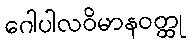
ဂေါပါလဝိမာနဝတ္ထု